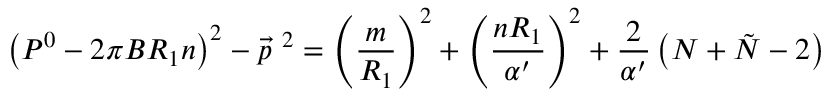
\left( P ^ { 0 } - 2 \pi B R _ { 1 } n \right) ^ { 2 } - { \vec { p } } ^ { ~ 2 } = \left( \frac { m } { R _ { 1 } } \right) ^ { 2 } + \left( \frac { n R _ { 1 } } { \alpha ^ { \prime } } \right) ^ { 2 } + \frac { 2 } { \alpha ^ { \prime } } \left( N + \tilde { N } - 2 \right)